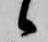
候